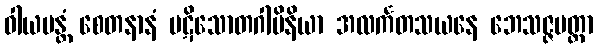
ဝါယမန္တံ စေတနာနံ ပဋိသောတဂါမိနိယာ အလင်္ကတသယနေ ဘေသဇ္ဇမတ္တာ